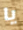
يا